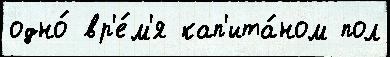
одно́ вр'е́м'я кап'ита́ном пол